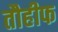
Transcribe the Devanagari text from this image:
तौहीफ